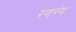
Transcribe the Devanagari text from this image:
रणरंग